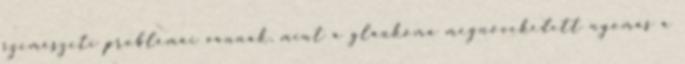
szemészeti problémái vannak, mint a glaukóma megnövekedett nyomás a